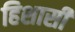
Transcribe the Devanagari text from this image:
हिशासी